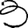
Digit: 3